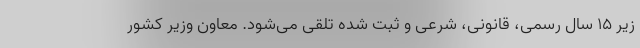
زیر ۱۵ سال رسمی، قانونی، شرعی و ثبت شده تلقی می‌شود. معاون وزیر کشور